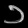
Digit: ၁